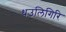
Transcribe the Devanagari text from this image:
धउलिगिरि